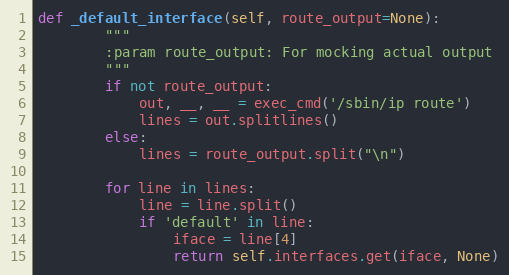
Language: Python
def _default_interface(self, route_output=None):
        """
        :param route_output: For mocking actual output
        """
        if not route_output:
            out, __, __ = exec_cmd('/sbin/ip route')
            lines = out.splitlines()
        else:
            lines = route_output.split("\n")

        for line in lines:
            line = line.split()
            if 'default' in line:
                iface = line[4]
                return self.interfaces.get(iface, None)